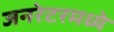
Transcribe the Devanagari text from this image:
जनरेटरमध्ये